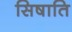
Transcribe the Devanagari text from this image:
सिषाति